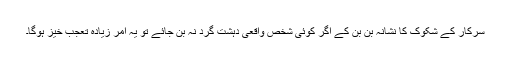
سرکار کے شکوک کا نشانہ بن بن کے اگر کوئی شخص واقعی دہشت گرد نہ بن جائے تو یہ امر زیادہ تعجب خیز ہوگا۔